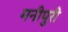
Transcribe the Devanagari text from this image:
मनीपुरी